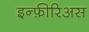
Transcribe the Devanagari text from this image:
इन्फ़ीरिअस